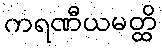
ကရဏီယမတ္ထိ